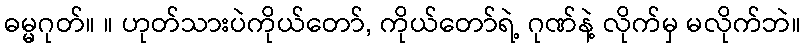
ဓမ္မဂုတ်။ ။ ဟုတ်သားပဲကိုယ်တော်, ကိုယ်တော်ရဲ့ ဂုဏ်နဲ့ လိုက်မှ မလိုက်ဘဲ။